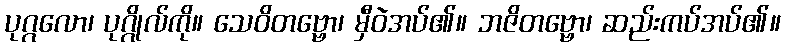
ပုဂ္ဂလော၊ ပုဂ္ဂိုလ်ကို။ သေဝိတဗ္ဗော၊ မှီဝဲအပ်၏။ ဘဇိတဗ္ဗော၊ ဆည်းကပ်အပ်၏။